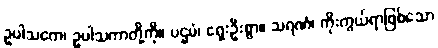
ဥပါသကေ၊ ဥပါသကာတို့ကို။ ပဌမံ၊ ရှေးဦးစွာ။ သရဏံ၊ ကိုးကွယ်ရာဖြစ်သော